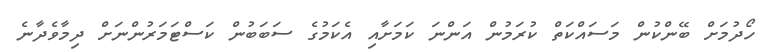
ހޯދުމަށް ބޭންކުން މަސައްކަތް ކުރަމުން އަންނަ ކަމަށާއި އެކަމުގެ ސަބަބުން ކަސްޓަމަރުންނަށް ދިމާވެދާނެ